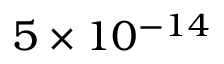
5 \times 1 0 ^ { - 1 4 }